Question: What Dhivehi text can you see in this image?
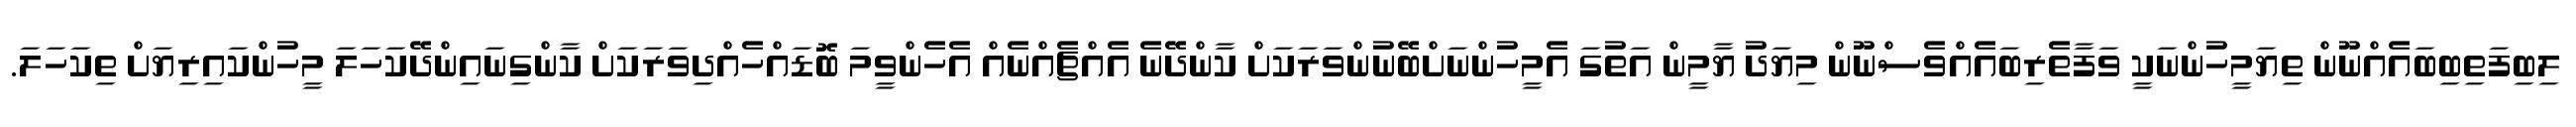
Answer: ލިބިފަތިބިބައެއްނޫން ތިޔަމީހުންނަކީ ވަފާތެރިބައެއްވެސްނޫން މިޔަދު ޔާމީން އަތުގަ އެމީހުންނަށްބޭނުންވަރަކަށް ކާންދޭނެ އެއްޗެއްނެއް އެހެންވީމަ ބޮޑައްހެއްދިވަރަކަށް ކާންގިނައިންދޭކަހަލަ މީހުންކައިރިޔަށް ތިކަހަލަ.